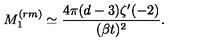
M _ { 1 } ^ { ( r m ) } \simeq \frac { 4 \pi ( d - 3 ) \zeta ^ { \prime } ( - 2 ) } { ( \beta t ) ^ { 2 } } .